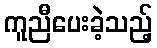
ကူညီပေးခဲ့သည့်